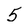
Character: 5